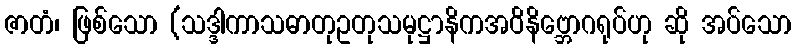
ဇာတံ၊ ဖြစ်သော (သဒ္ဒါကာသဓာတုဥတုသမုဋ္ဌာနိကအဝိနိဗ္ဘောဂရုပ်ဟု ဆို အပ်သော